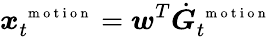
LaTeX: \boldsymbol x_{t}^{\mathrm{~\scriptsize~m~o~t~i~o~n~}}=\boldsymbol w^{T}\dot{\boldsymbol G}_{t}^{\mathrm{~\scriptsize~m~o~t~i~o~n~}}